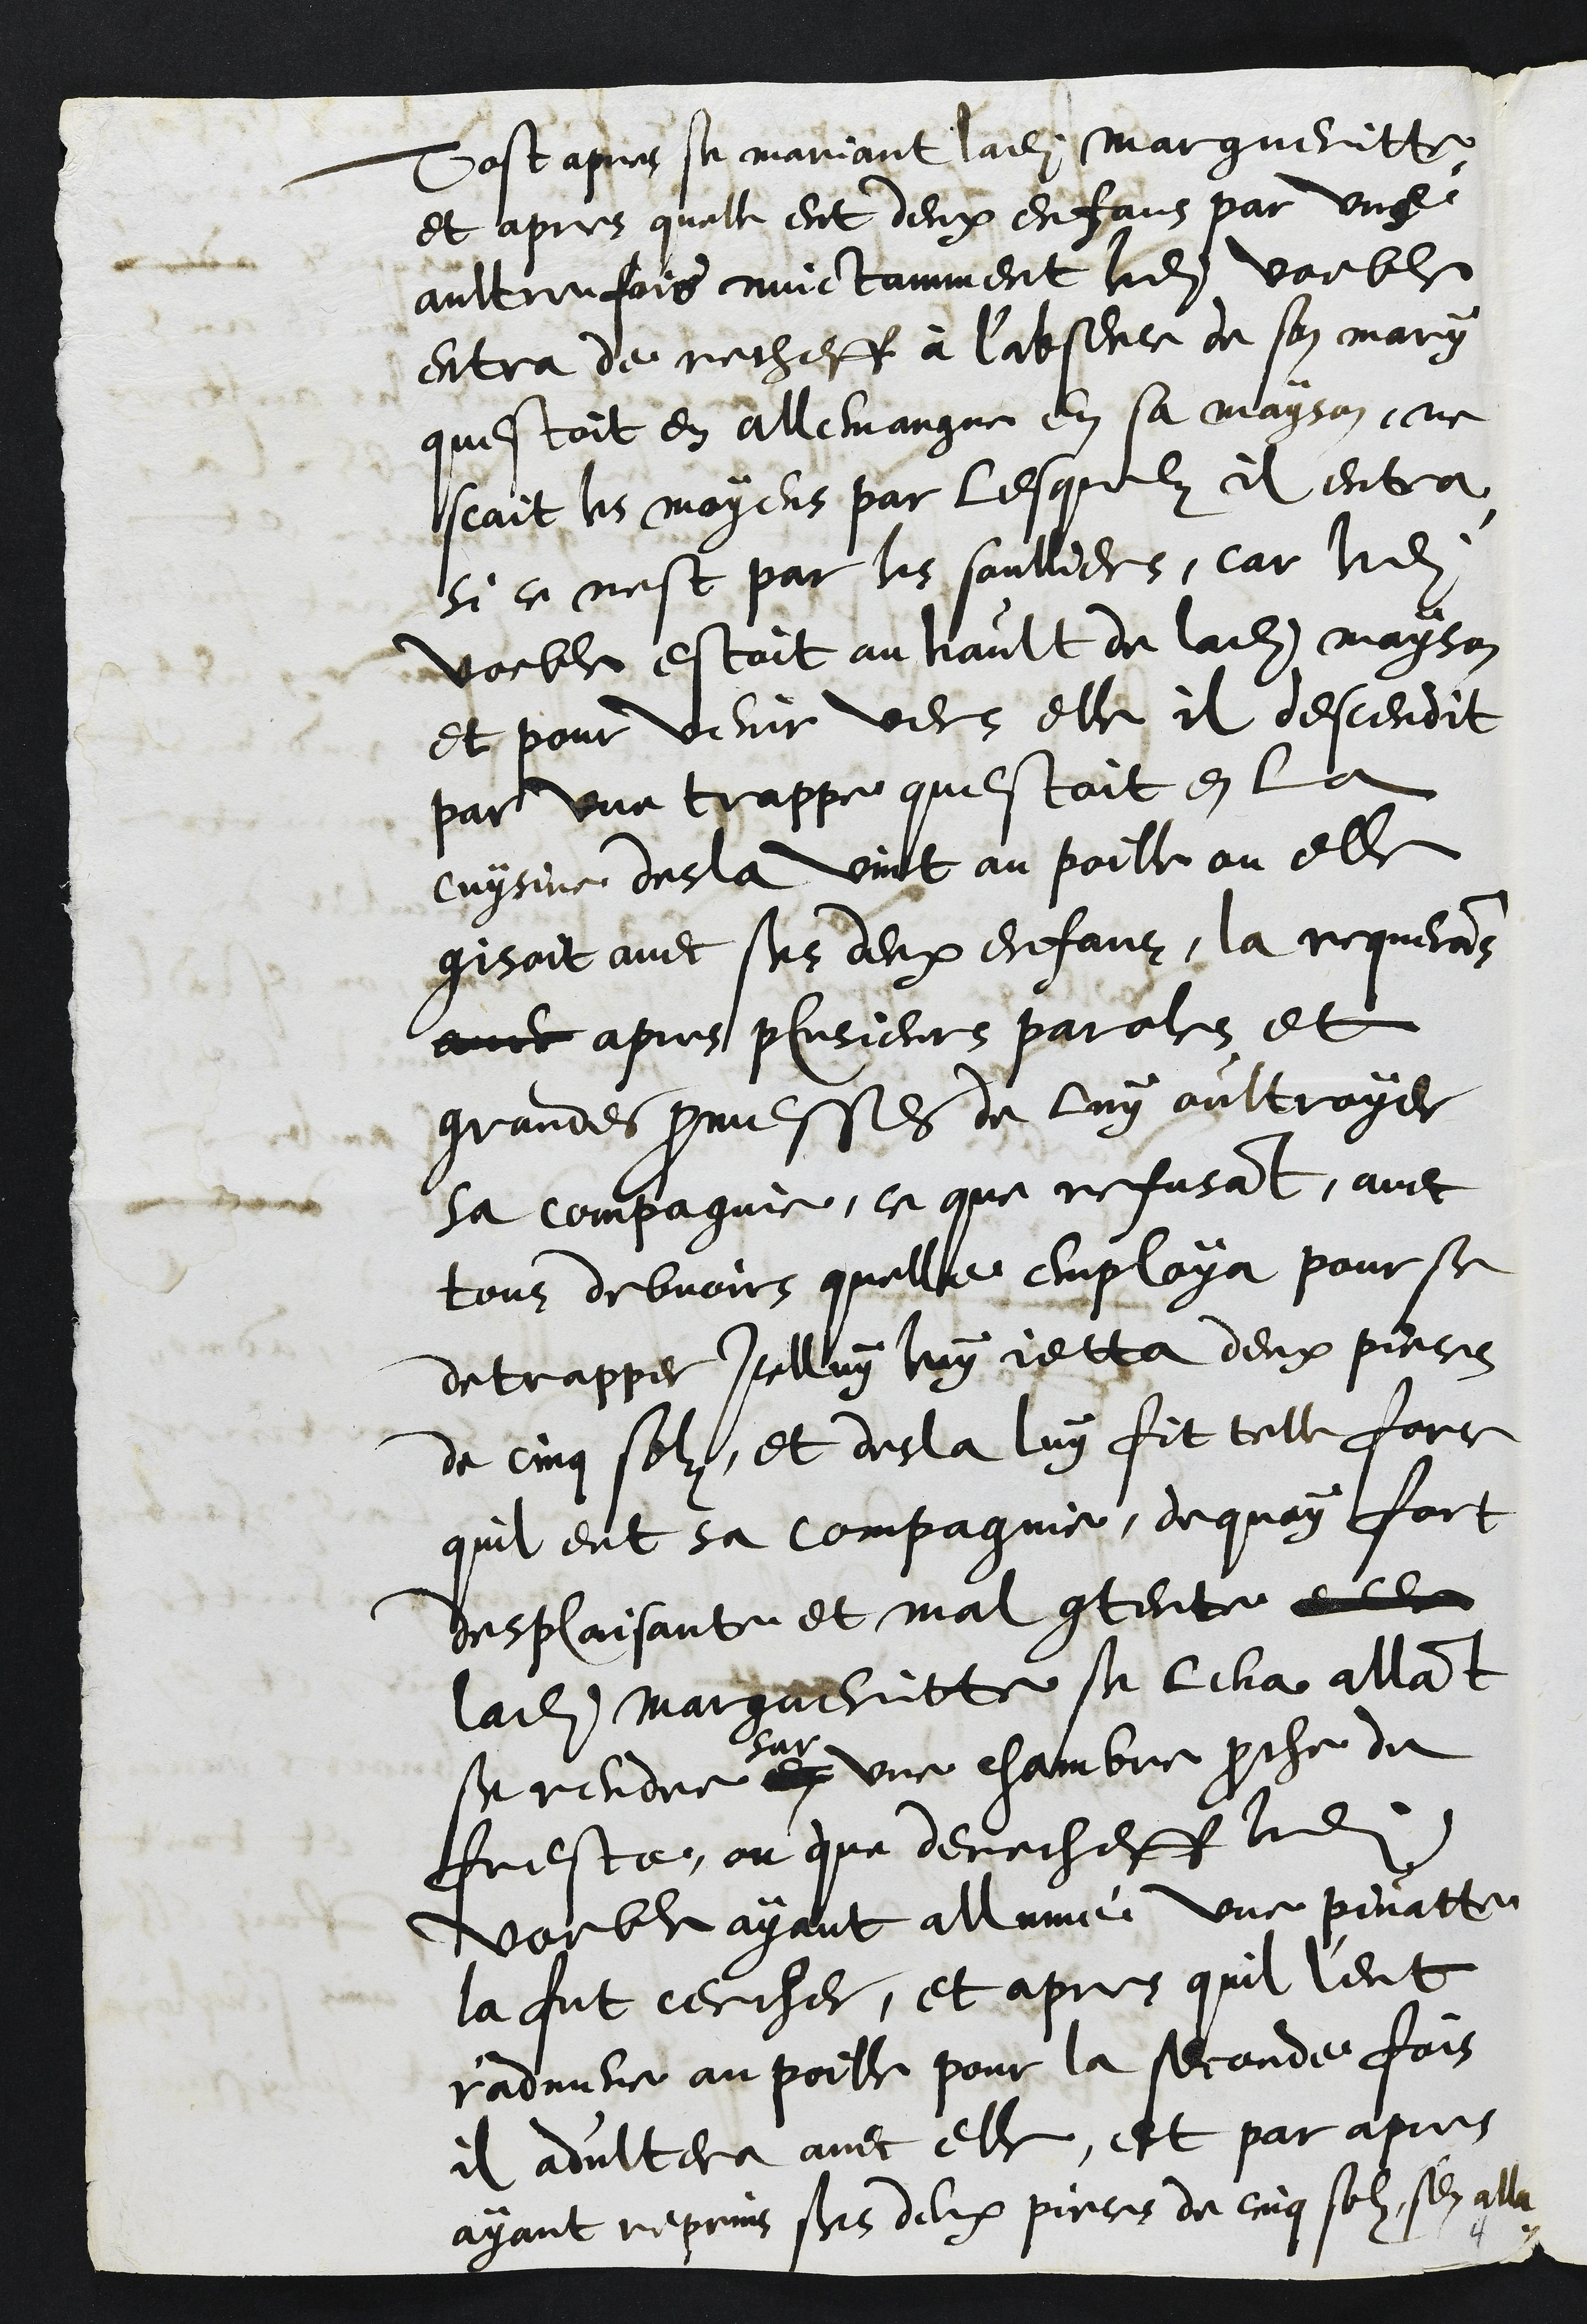
Tost apres se mariant ladite Margueritte
et apres quelle eut deux enfans par ung
aultrefois nuictamment ledit voeble
entra derecheff à l'absence de son mary
questoit en allemangne en sa mayson, ne
scait les moyens par lesquelz il entra
si ce nest par les soulliers, car ledit
voeble estoit au hault de ladite mayson
et pour venir vers elle il descendit
par une trappe questoit en la
cuysine, desla vint au poille ou elle
gisoit avec ses deux enfans, la requerans
avec apres plusieurs paroles et
grandes promesses de luy oultroyer
sa compagnie, ce que refusant, avec
tous debvoirs quelle employa pour se
detrapper icelluy luy jetta deux pieces
de cinq solz, et desla luy fit telle force
quil eut sa compagnie, dequoy fort
desplaisante et mal contente elle
ladite Margueritte se leva allant
se rendre en
sur
une chambre proche de
freste, ou que derecheff ledit
voeble ayant allumé une pinatte
la fut cercher, et apres quil l'eut
r'admene au poille pour la seconde fois
il adultera avec elle, et par apres
ayant reprins ses deux pieces de cinq solz sen alla.
4